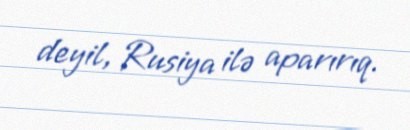
deyil, Rusiya ilə aparırıq.